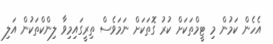
އެހެން ކަމުން މި ޓީމްތަކަށް ކުރު ގޮތަކަށް ނަމަވެސް ތިރީގައިމިވާ ލިންކްތަކުން އަލި